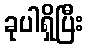
ခုပါရှိပြီး